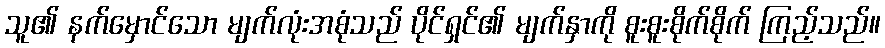
သူ၏ နက်မှောင်သော မျက်လုံးအစုံသည် ပိုင်ရှင်၏ မျက်နှာကို စူးစူးစိုက်စိုက် ကြည့်သည်။